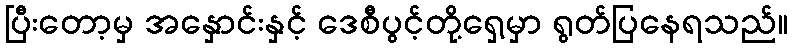
ပြီးတော့မှ အနှောင်းနှင့် ဒေစီပွင့်တို့ရှေ့မှာ ရွတ်ပြနေရသည်။